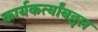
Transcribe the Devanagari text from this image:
कार्यकर्त्यांबद्दल